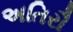
અતિરૌ